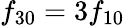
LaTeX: f_{30}=3f_{10}